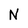
Character: N